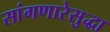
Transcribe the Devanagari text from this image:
सांगणारेसुद्धा